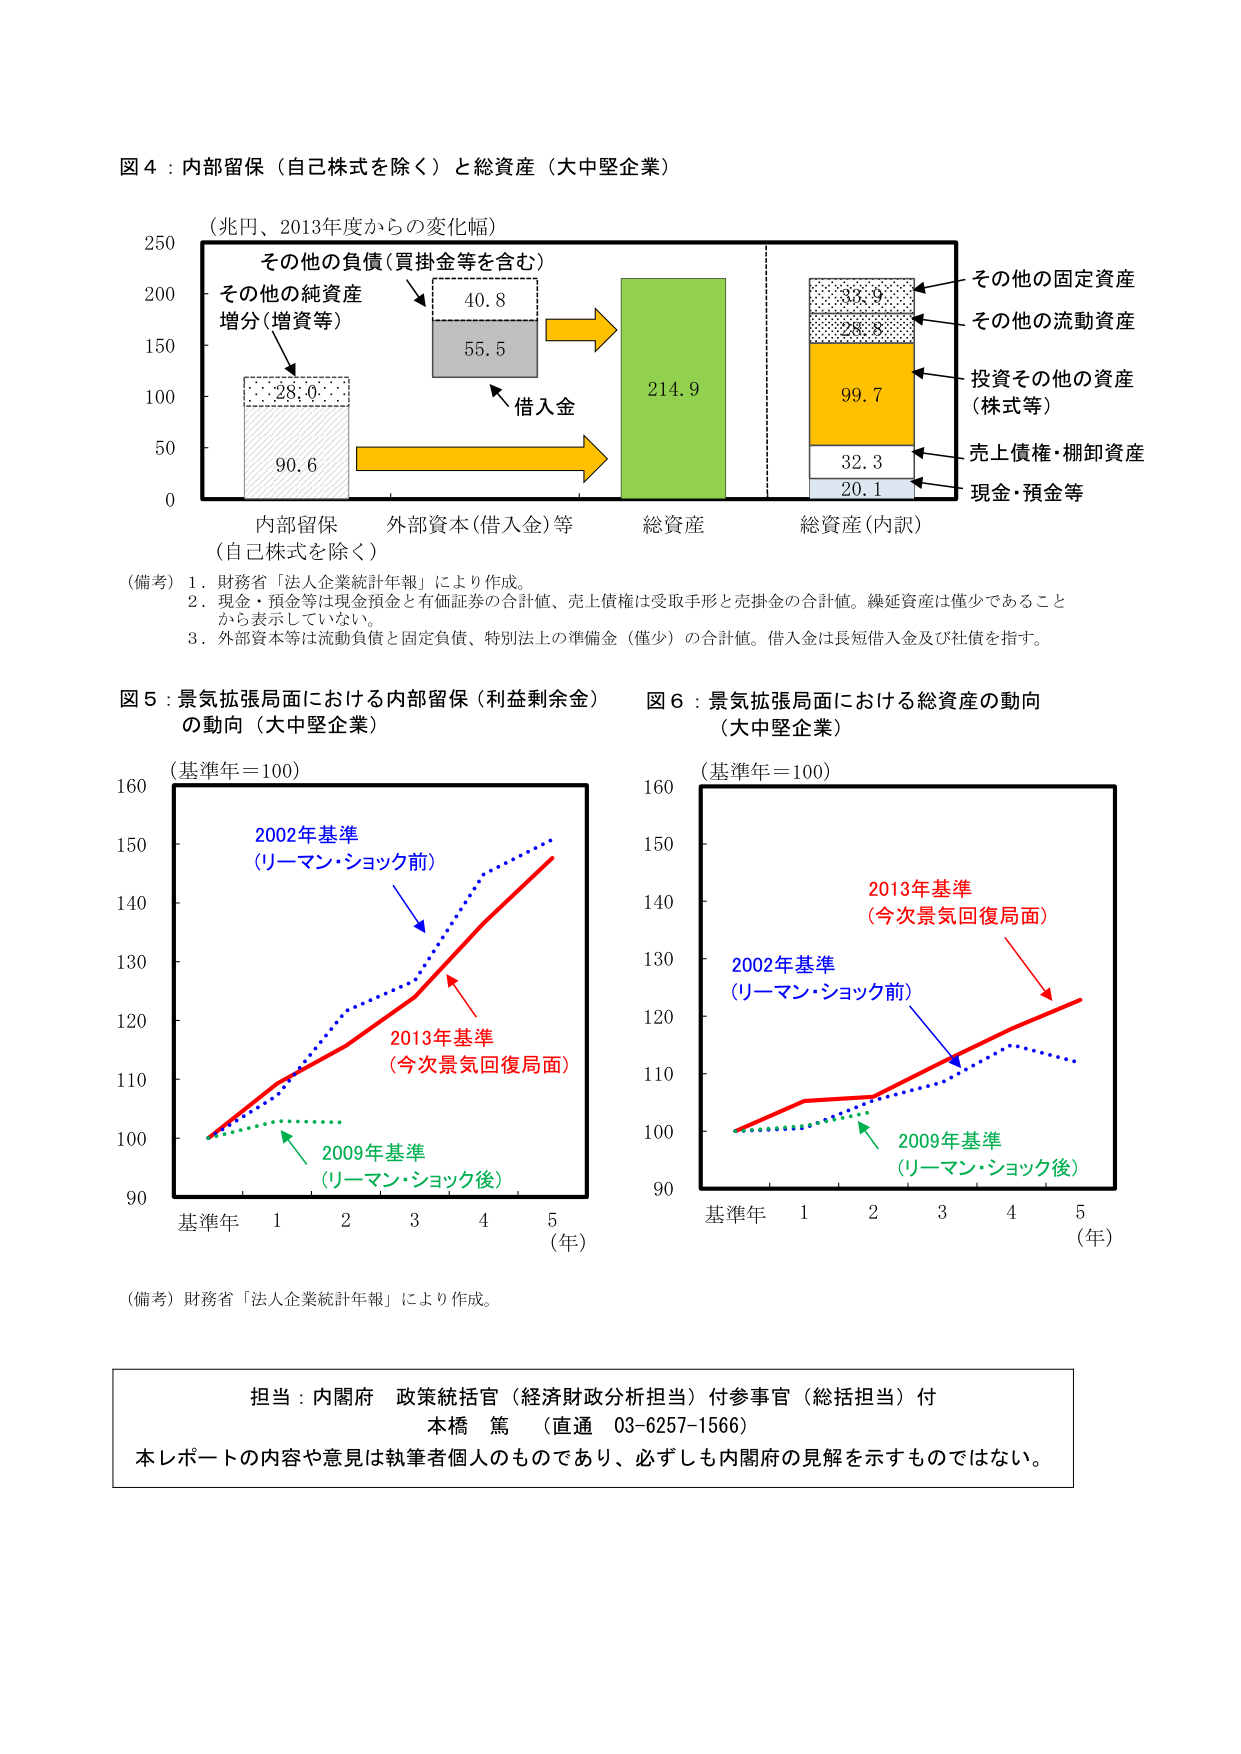
図４：内部留保（自己株式を除く）と総資産（大中堅企業）

（兆円、2013年度からの変化幅）

その他の負債（買掛金等を含む）
その他の純資産
増分（増資等）
28.0
90.6
40.8
55.5
借入金
214.9
総資産
その他の固定資産
32.9
その他の流動資産
26.8
投資その他の資産
（株式等）
99.7
売上債権・棚卸資産
32.3
現金・預金等
20.1
総資産（内訳）

内部留保
外部資本（借入金）等
（自己株式を除く）

（備考）1．財務省「法人企業統計年報」により作成。
2．現金・預金等は現金預金と有価証券の合計値、売上債権は受取手形と売掛金の合計値。繰延資産は僅少であること
から表示していない。
3．外部資本等は流動負債と固定負債、特別法上の準備金（僅少）の合計値。借入金は長短借入金及び社債を指す。

図５：景気拡張局面における内部留保（利益剰余金）
の動向（大中堅企業）

（基準年＝100）

2002年基準
（リーマン・ショック前）
2013年基準
（今次景気回復局面）
2009年基準
（リーマン・ショック後）

基準年　1　2　3　4　5　（年）

図６：景気拡張局面における総資産の動向
（大中堅企業）

（基準年＝100）

2013年基準
（今次景気回復局面）
2002年基準
（リーマン・ショック前）
2009年基準
（リーマン・ショック後）

基準年　1　2　3　4　5　（年）

（備考）財務省「法人企業統計年報」により作成。

担当：内閣府　政策統括官（経済財政分析担当）付参事官（総括担当）付
本橋　篤　（直通　03-6257-1566）
本レポートの内容や意見は執筆者個人のものであり、必ずしも内閣府の見解を示すものではない。